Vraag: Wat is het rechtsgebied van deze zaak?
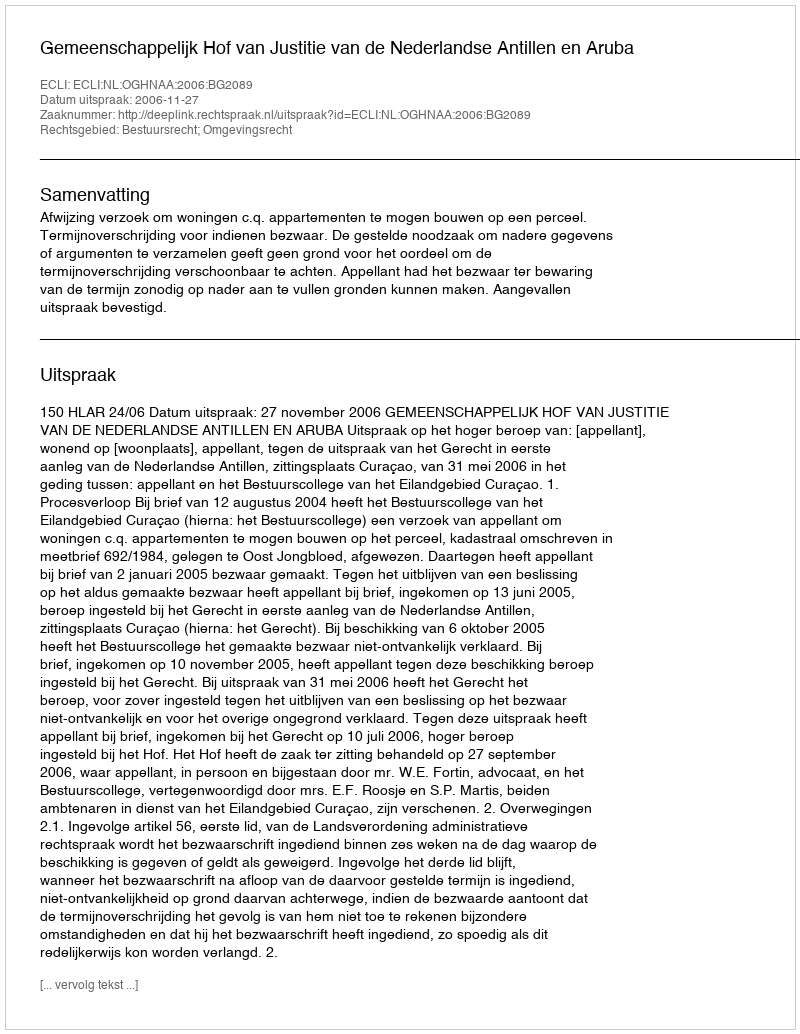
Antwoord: Bestuursrecht; Omgevingsrecht